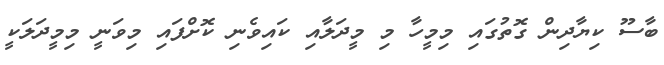
ބާސޫ ކިޔާދިން ގޮތުގައި މިމީހާ މި މީދަލާއި ކައިވެނި ކޮށްފައި މިވަނީ މިމީދަލަކީ